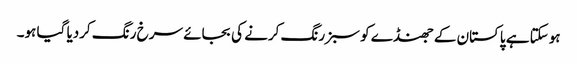
ہوسکتا ہے پاکستان کے جھنڈے کو سبز رنگ کرنے کی بجائے سرخ رنگ کردیا گیا ہو۔